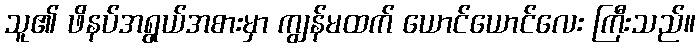
သူ၏ ဖိနပ်အရွယ်အစားမှာ ကျွန်မထက် ယောင်ယောင်လေး ကြီးသည်။